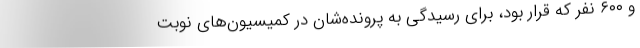
و ۶۰۰ نفر که قرار بود، برای رسیدگی به پرونده‌شان در کمیسیون‌‌های نوبت